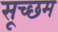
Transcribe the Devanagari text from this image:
सूच्‍छम